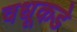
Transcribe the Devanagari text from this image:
वधूकडे